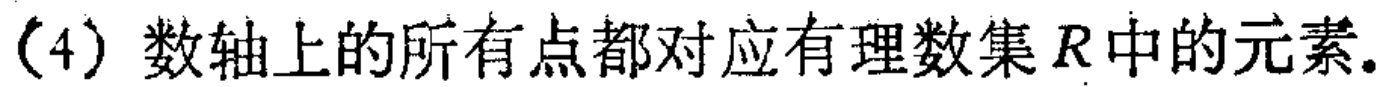
（4）数轴上的所有点都对应有理数集\(R\)中的元素。